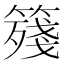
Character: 䉔